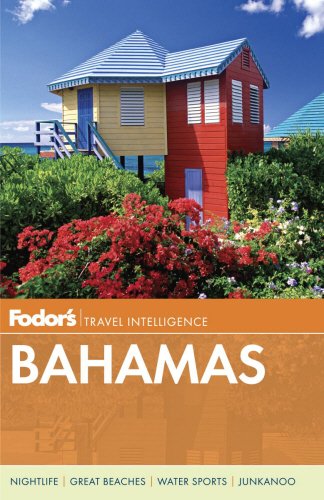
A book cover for Fodor's Bahamas (Full-color Travel Guide); Fodor's; Travel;